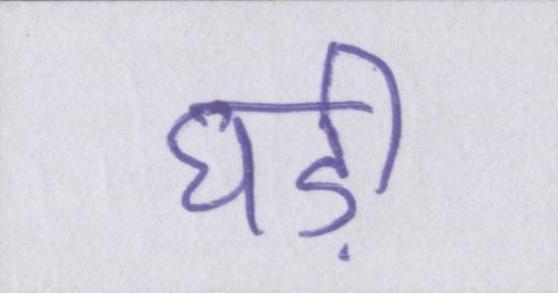
घड़ी